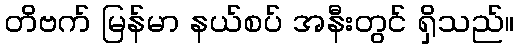
တိဗက် မြန်မာ နယ်စပ် အနီးတွင် ရှိသည်။